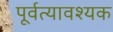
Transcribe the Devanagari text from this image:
पूर्वत्यावश्यक